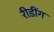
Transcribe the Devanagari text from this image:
रीडींग